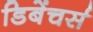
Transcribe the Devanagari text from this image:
डिबेंचर्स